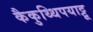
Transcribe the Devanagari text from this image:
कैकुथ्थिपयाट्टू